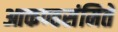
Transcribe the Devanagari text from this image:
आकण्ठसंमिते